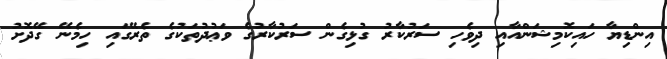
އިންޑިޔާ ހައިކޮމިޝަންއާއި ދިވެހި ސަރުކާރު ގުޅިގެން ސަރުކާރުގެ ވަޢުދުތަކުގެ ތެރޭގައި ހިމެނޭ ގޭދޮށު